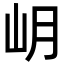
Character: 岄